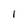
Character: 1